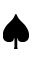
\spadesuit